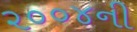
૨૦૦૪ની